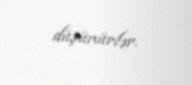
düşünürlər.